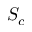
S _ { c }